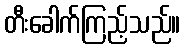
တီးခေါက်ကြည့်သည်။